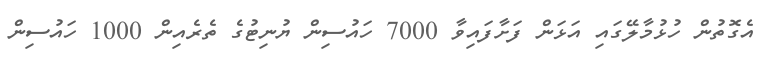
އެގޮތުން ހުޅުމާލޭގައި އަޅަން ފަށާފައިވާ 7000 ހައުސިން ޔުނިޓުގެ ތެރެއިން 1000 ހައުސިން